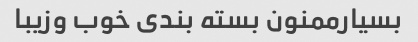
بسیارممنون بسته بندی خوب وزیبا